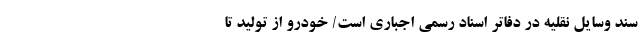
سند وسایل نقلیه در دفاتر اسناد رسمی اجباری است/ خودرو از تولید تا